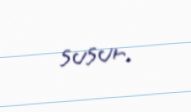
susur.